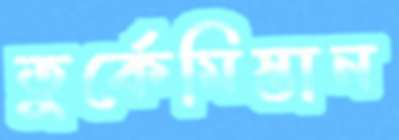
তুর্কেমিস্তান